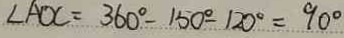
\angle A O C = 3 6 0 ^ { \circ } - 1 5 0 ^ { \circ } - 1 2 0 ^ { \circ } = 9 0 ^ { \circ }